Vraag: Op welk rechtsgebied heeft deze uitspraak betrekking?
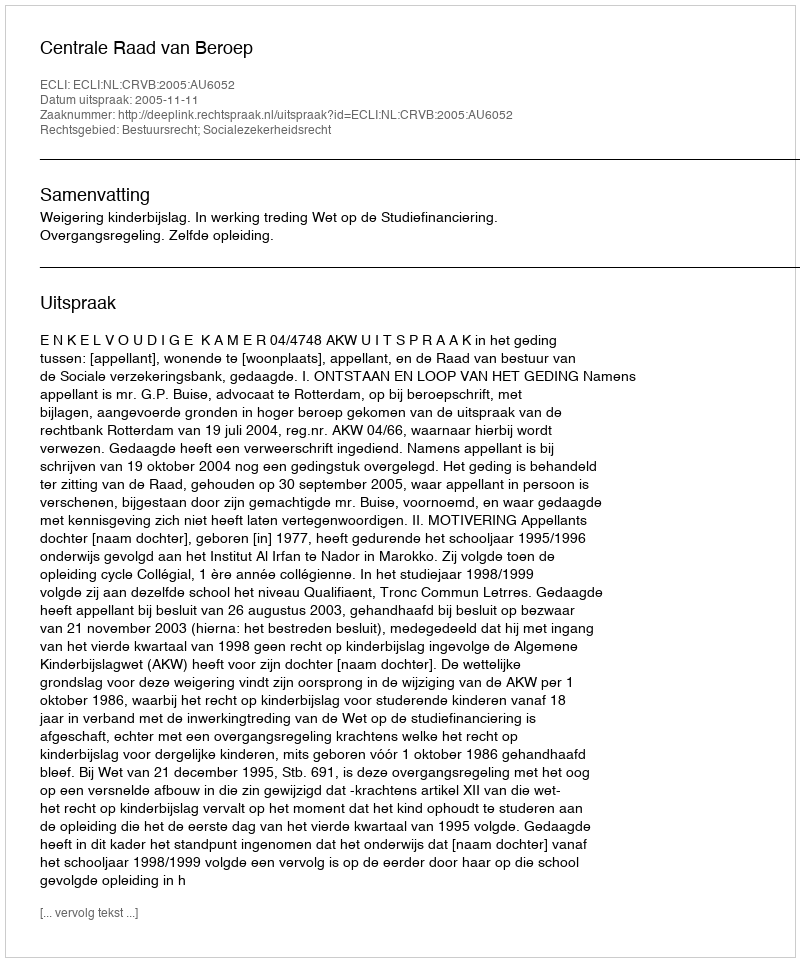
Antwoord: Bestuursrecht; Socialezekerheidsrecht